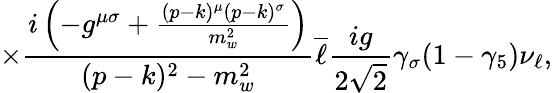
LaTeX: \times\frac{i\left(-g^{{\mu}{\sigma}}+\frac{(p-k)^{\mu}(p-k)^{\sigma}}{m_{w}^{2}}\right)}{(p-k)^{2}-m_{w}^{2}}\overline{{{\ell}}}\frac{ig}{2\sqrt{2}}\gamma_{\sigma}(1-{\gamma}_{5})\nu_{\ell},